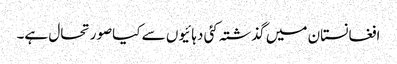
افغانستان میں گذشتہ کئی دہائیوں سے کیاصورتحال ہے۔